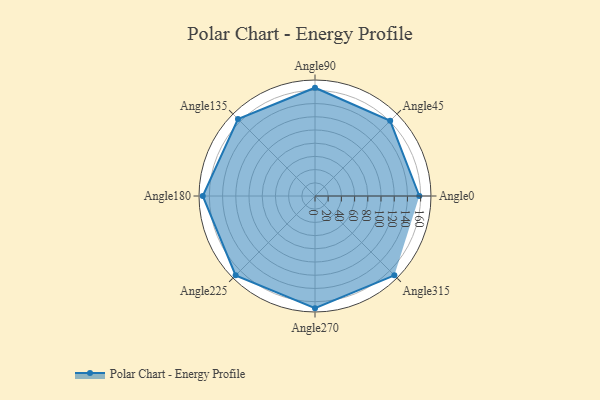
{"axis": {"x": "Angle", "y": "Radius"}, "legend": [""], "data": [{"x": "Angle0", "y": 158.0, "type": ""}, {"x": "Angle45", "y": 161.0, "type": ""}, {"x": "Angle90", "y": 164.0, "type": ""}, {"x": "Angle135", "y": 165.0, "type": ""}, {"x": "Angle180", "y": 170, "type": ""}, {"x": "Angle225", "y": 170.0, "type": ""}, {"x": "Angle270", "y": 170, "type": ""}, {"x": "Angle315", "y": 170, "type": ""}]}